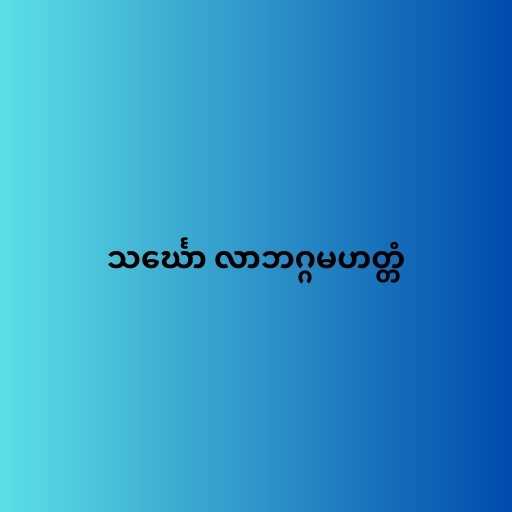
သင်္ဃော လာဘဂ္ဂမဟတ္တံ